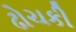
ઢોચકી